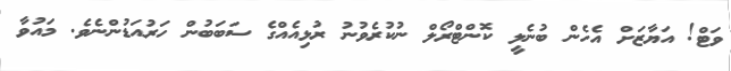
ވަޓް! އަޔާޒަށް އެހެން ބުނެލީ ކޮންޓްރޯލް ނުކުރެވުނު ރުޅިއެއްގެ ސަބަބުން ހަރުއަޑުންނެވެ. މައުވާ